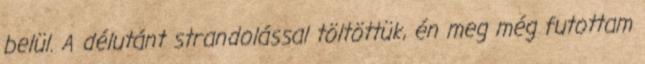
belül. A délutánt strandolással töltöttük, én meg még futottam